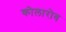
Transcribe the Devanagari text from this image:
कोलारोव